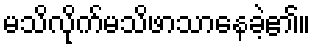
မသိလိုက်မသိဖာသာနေခဲ့၏။